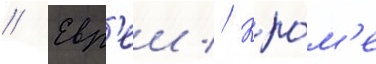
// Евр'еи // Кро́м'е